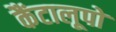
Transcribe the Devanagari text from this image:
कैंटालूपो